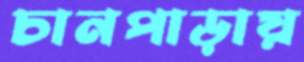
চানপাড়ায়